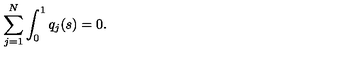
\sum _ { j = 1 } ^ { N } \int _ { 0 } ^ { 1 } q _ { j } ( s ) = 0 .